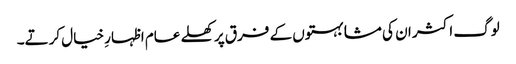
لوگ اکثر ان کی مشابہتوں کے فرق پر کھلے عام اظہارِ خیال کرتے۔